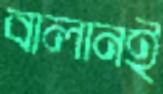
বালানই